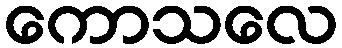
ကောသလေ